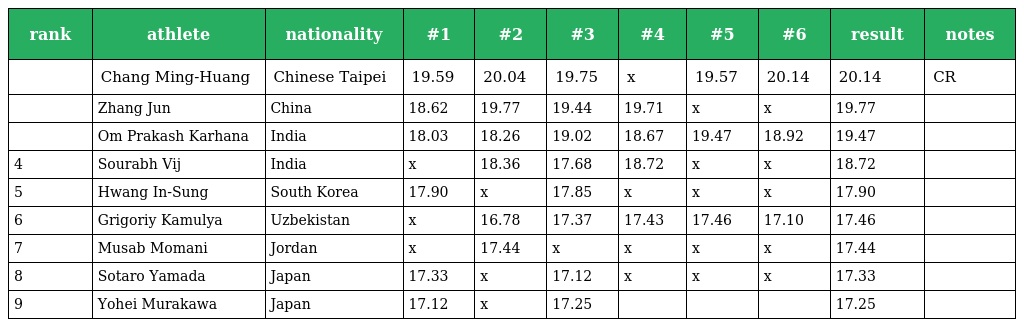
| rank | athlete | nationality | #1 | #2 | #3 | #4 | #5 | #6 | result | notes |
 | --- | --- | --- | --- | --- | --- | --- | --- | --- | --- | --- |
 |  | Chang Ming-Huang | Chinese Taipei | 19.59 | 20.04 | 19.75 | x | 19.57 | 20.14 | 20.14 | CR |
 |  | Zhang Jun | China | 18.62 | 19.77 | 19.44 | 19.71 | x | x | 19.77 |  |
 |  | Om Prakash Karhana | India | 18.03 | 18.26 | 19.02 | 18.67 | 19.47 | 18.92 | 19.47 |  |
 | 4 | Sourabh Vij | India | x | 18.36 | 17.68 | 18.72 | x | x | 18.72 |  |
 | 5 | Hwang In-Sung | South Korea | 17.90 | x | 17.85 | x | x | x | 17.90 |  |
 | 6 | Grigoriy Kamulya | Uzbekistan | x | 16.78 | 17.37 | 17.43 | 17.46 | 17.10 | 17.46 |  |
 | 7 | Musab Momani | Jordan | x | 17.44 | x | x | x | x | 17.44 |  |
 | 8 | Sotaro Yamada | Japan | 17.33 | x | 17.12 | x | x | x | 17.33 |  |
 | 9 | Yohei Murakawa | Japan | 17.12 | x | 17.25 |  |  |  | 17.25 |  |